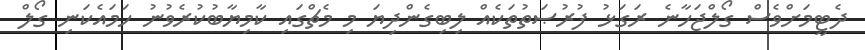
ދެޓީމަށްވެސް ގޯލްޖަހާނެ ރަގަޅު ފުރުޞަތުތަކެއް ލިބިގެންދިޔަ މި މެޗްގައި ކާމިޔާބުކުރެވުނު ހަމައެކަނި ގޯލް